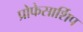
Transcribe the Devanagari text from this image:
प्रोफेसार्शिप